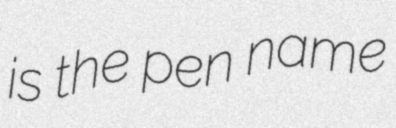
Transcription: is the pen name